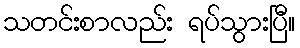
သတင်းစာလည်း ရပ်သွားပြီ။